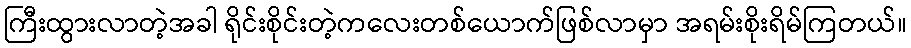
ကြီးထွားလာတဲ့အခါ ရိုင်းစိုင်းတဲ့ကလေးတစ်ယောက်ဖြစ်လာမှာ အရမ်းစိုးရိမ်ကြတယ်။